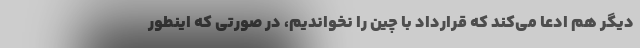
دیگر هم ادعا می‌کند که قرارداد با چین را نخواندیم، در صورتی که اینطور